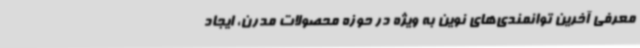
معرفی آخرین توانمندی‌های نوین به ویژه در حوزه محصولات مدرن، ایجاد